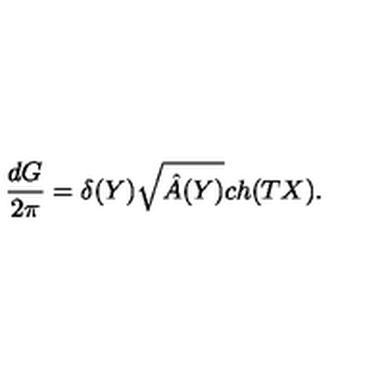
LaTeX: { \frac { d G } { 2 \pi } } = \delta ( Y ) \sqrt { \hat { A } ( Y ) } c h ( T X ) .